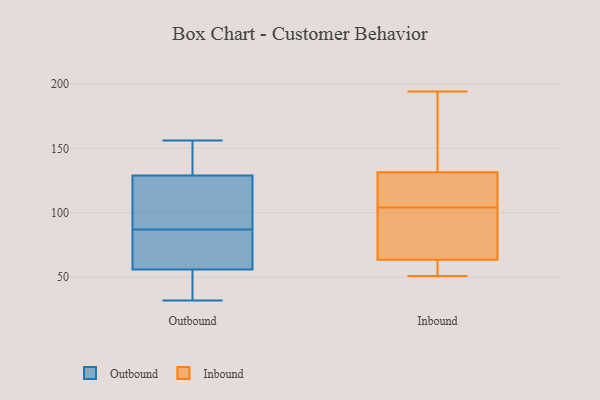
{"axis": {"x": "Tickets Resolved", "y": "Value"}, "legend": ["Inbound", "Outbound"], "data": [{"x": "", "y": 106, "type": "Outbound"}, {"x": "", "y": 117, "type": "Outbound"}, {"x": "", "y": 150, "type": "Outbound"}, {"x": "", "y": 87, "type": "Outbound"}, {"x": "", "y": 65, "type": "Outbound"}, {"x": "", "y": 156, "type": "Outbound"}, {"x": "", "y": 82, "type": "Outbound"}, {"x": "", "y": 53, "type": "Outbound"}, {"x": "", "y": 133, "type": "Outbound"}, {"x": "", "y": 32, "type": "Outbound"}, {"x": "", "y": 52, "type": "Outbound"}, {"x": "", "y": 194, "type": "Inbound"}, {"x": "", "y": 62, "type": "Inbound"}, {"x": "", "y": 120, "type": "Inbound"}, {"x": "", "y": 63, "type": "Inbound"}, {"x": "", "y": 97, "type": "Inbound"}, {"x": "", "y": 51, "type": "Inbound"}, {"x": "", "y": 111, "type": "Inbound"}, {"x": "", "y": 120, "type": "Inbound"}, {"x": "", "y": 64, "type": "Inbound"}, {"x": "", "y": 152, "type": "Inbound"}, {"x": "", "y": 150, "type": "Inbound"}, {"x": "", "y": 54, "type": "Inbound"}, {"x": "", "y": 143, "type": "Inbound"}, {"x": "", "y": 65, "type": "Inbound"}, {"x": "", "y": 92, "type": "Inbound"}, {"x": "", "y": 115, "type": "Inbound"}]}